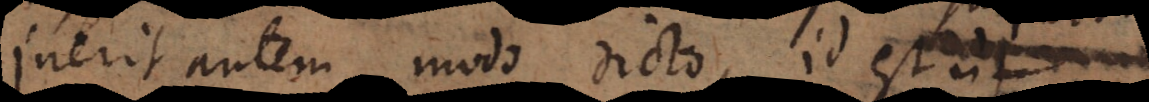
Inerit autem modo dicto, id est ut